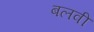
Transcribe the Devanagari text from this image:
बलवी